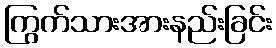
ကြွက်သားအားနည်းခြင်း